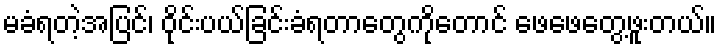
မခံရတဲ့အပြင်၊ ဝိုင်းပယ်ခြင်းခံရတာတွေကိုတောင် ဖေဖေတွေ့ဖူးတယ်။